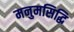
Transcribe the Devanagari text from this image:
मनुमसिद्धि